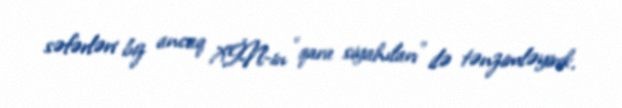
səfərləri biz ancaq XİN-in “qara siyahıları” ilə tənzimləyirik.